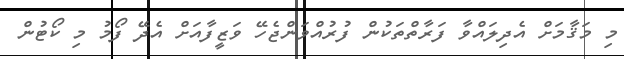
މި މަޤާމަށް އެދިލައްވާ ފަރާތްތަކުން ފުރުއްވަންޖެހޭ ވަޒީފާއަށް އެދޭ ފޯމު މި ކޯޓުން